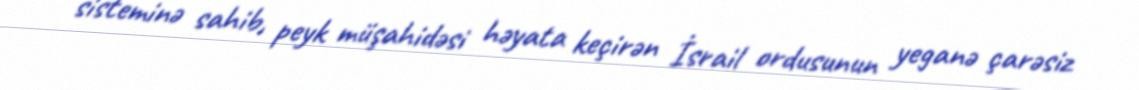
sisteminə sahib, peyk müşahidəsi həyata keçirən İsrail ordusunun yeganə çarəsiz